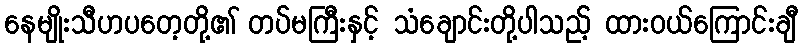
နေမျိုးသီဟပတေ့တို့၏ တပ်မကြီးနှင့် သံချောင်းတို့ပါသည့် ထားဝယ်ကြောင်းချီ